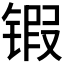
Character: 𰾤